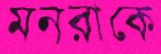
মনরাকে